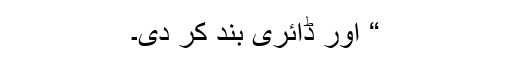
“ اور ڈائری بند کر دی۔